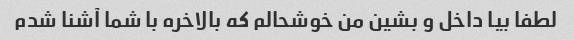
لطفا بیا داخل و بشین من خوشحالم که بالاخره با شما آشنا شدم